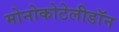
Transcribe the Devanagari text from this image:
मोनोकोटेलीडॉन